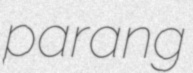
parang